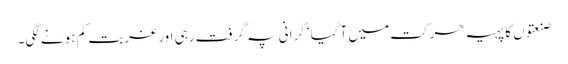
صنعتوں کا پہیہ حرکت میں آ گیا‘ گرانی پہ گرفت رہی اور غربت کم ہونے لگی۔